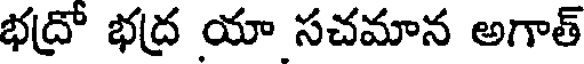
భద్రో భద్ర యా సచమాన అగాత్